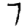
Digit: 7